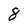
Character: 8